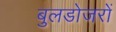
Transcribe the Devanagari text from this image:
बुलडोजरों